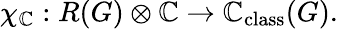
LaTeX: \chi_{\mathbb{C}}:R(G)\otimes\mathbb{C}\to\mathbb{C}_{\mathrm{class}}(G).